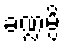
ခဏ္ဍမ္ပိ